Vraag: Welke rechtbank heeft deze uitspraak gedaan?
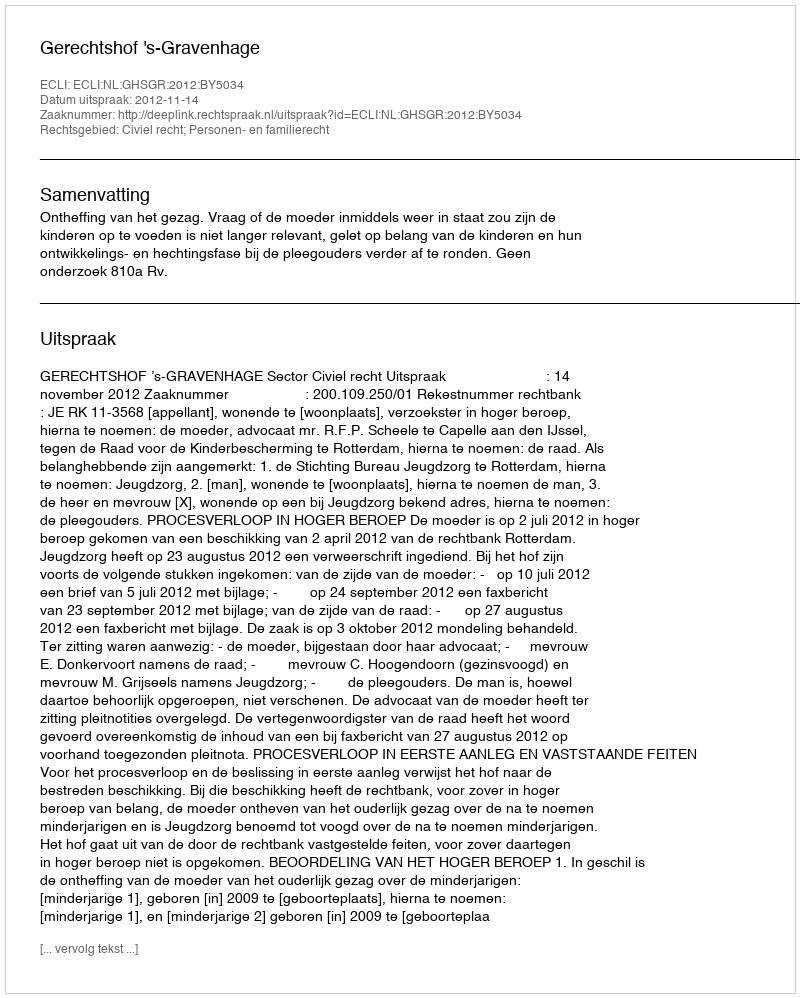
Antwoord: Gerechtshof 's-Gravenhage